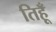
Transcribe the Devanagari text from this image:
तिहूँ